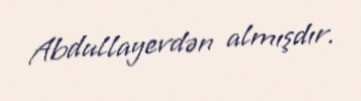
Abdullayevdən almışdır.